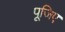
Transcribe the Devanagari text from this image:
पूजिए